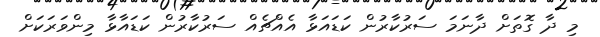
މި ދާ ގޮތަށް ދާނަމަ ސަރުކާރުން ކަޑައަޅާ އެއްޗެއް ސަރުކާރުން ކަޑައާޅާ މިންވަރަކަށް